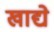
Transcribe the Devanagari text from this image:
खाद्ये